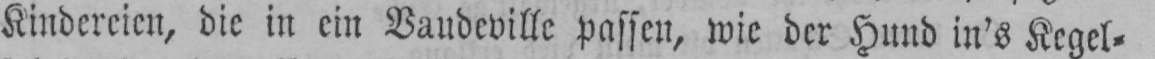
Kindereien, die in ein Vaudeville passen, wie der Hund in’s Kegel⸗